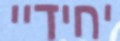
יחידיי